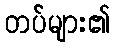
တပ်များ၏